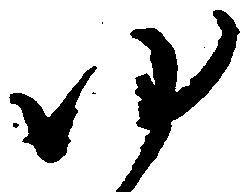
ゆ